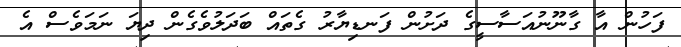
ފަހުން އާ ގާނޫނުއަސާސީގެ ދަށުން ފަނޑިޔާރު ގެތައް ބަދަލުވެގެން ދިޔަ ނަމަވެސް އެ